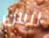
ليس